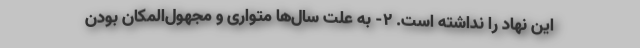
این نهاد را نداشته است. 2- به علت سال‌ها متواری و مجهول‌المکان بودن